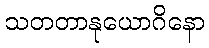
သတတာနုယောဂိနော